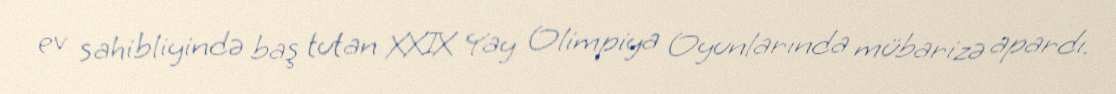
ev sahibliyində baş tutan XXIX Yay Olimpiya Oyunlarında mübarizə apardı.